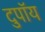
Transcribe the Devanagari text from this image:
दुपॉय